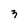
Character: 3